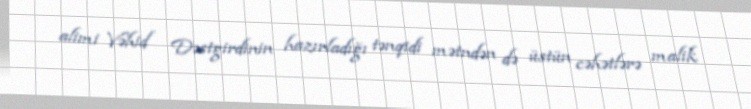
alimi Vəhid Dəstgirdinin hazırladığı tənqidi mətndən də üstün cəhətlərə malik